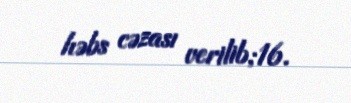
həbs cəzası verilib;16.